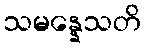
သမန္နေသတိ